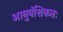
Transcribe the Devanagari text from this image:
आनुवंशिकतः